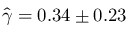
\Hat { \gamma } = 0 . 3 4 \pm 0 . 2 3